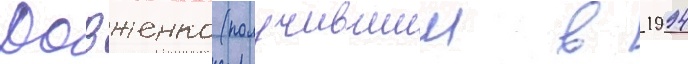
Довженко (получившии в 1994